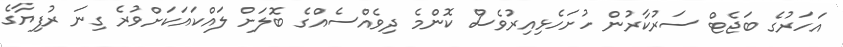
އަހަރުގެ ބަޖެޓް ސަރުކާރުން ހުށަހެޅިއިރުވެސް ކޮންމެ ދިވެއްސެއްގެ ބޮލަށް ލައްކައަކަށްވުރެ ގިނަ ރުފިޔާގެ